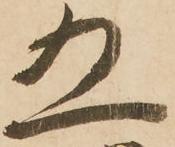
五